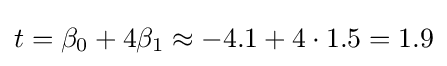
t=\beta _{0}+4\beta _{1}\approx -4.1+4\cdot 1.5=1.9